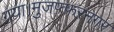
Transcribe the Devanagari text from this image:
गया।मुजफ्फरनगर